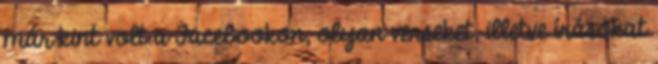
már kint volt a Facebookon, olyan verseket, illetve írásokat